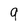
Character: 9